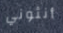
أنثوني